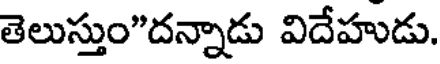
తెలుస్తుం"దన్నాడు విదేహుడు.